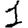
Digit: 1